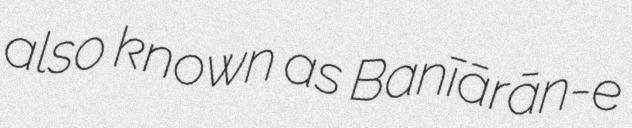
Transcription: also known as Banīārān-e